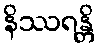
နိဿရန္တိ